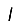
Digit: 1